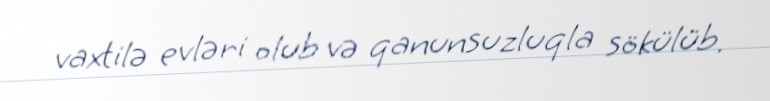
vaxtilə evləri olub və qanunsuzluqla sökülüb.